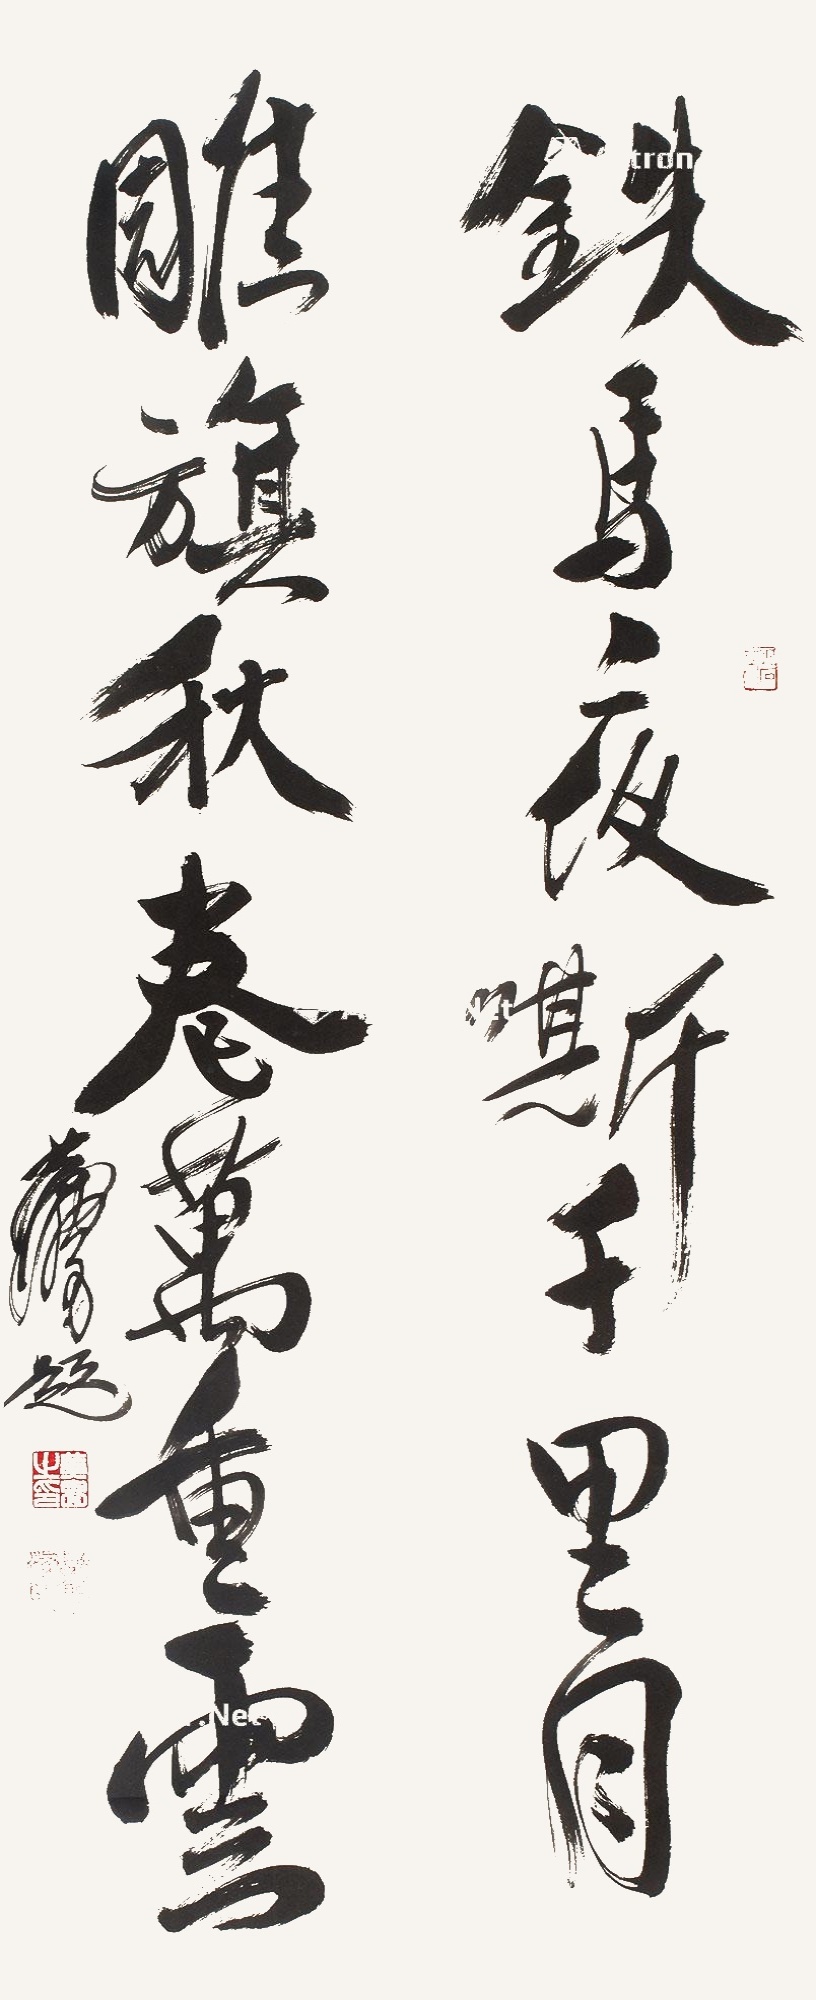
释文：铁马夜嘶千里月，雕旗秋卷万重云。黄胄题。